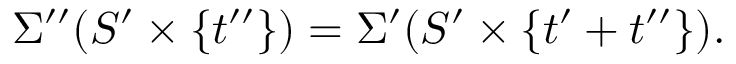
\Sigma ^ { \prime \prime } ( S ^ { \prime } \times \{ t ^ { \prime \prime } \} ) = \Sigma ^ { \prime } ( S ^ { \prime } \times \{ t ^ { \prime } + t ^ { \prime \prime } \} ) .